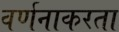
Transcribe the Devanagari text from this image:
वर्णनाकरता